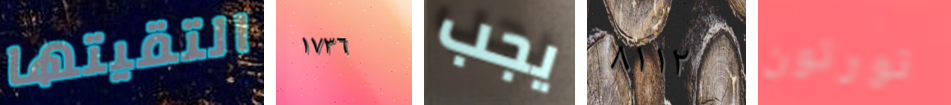
التقيتها ١٧٣٦ يجب ٨١١٢ نورتون